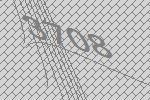
3708